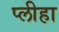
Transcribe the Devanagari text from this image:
प्‍लीहा